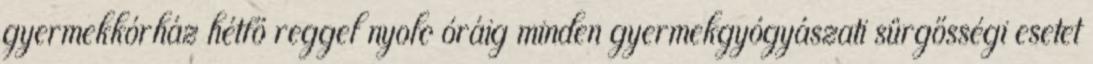
gyermekkórház hétfő reggel nyolc óráig minden gyermekgyógyászati sürgősségi esetet